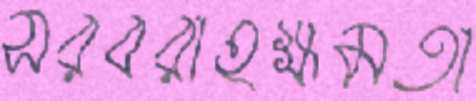
সরবরাহক্ষমতা